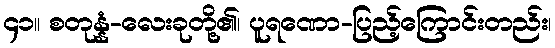
၄၁။ စတုန္နံ-လေးခုတို့၏၊ ပူရဏော-ပြည့်ကြောင်းတည်း၊